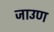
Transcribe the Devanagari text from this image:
जाउण